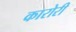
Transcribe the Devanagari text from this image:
कारोरी